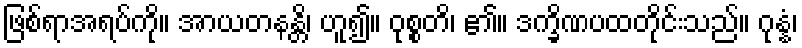
ဖြစ်ရာအရပ်ကို။ အာယတနန္တိ၊ ဟူ၍။ ဝုစ္စတိ၊ ၏။ ဒက္ခိဏပထတိုင်းသည်။ ဂုန္နံ၊